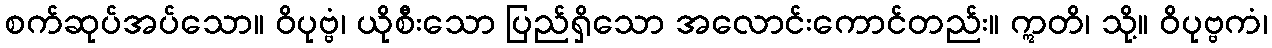
စက်ဆုပ်အပ်သော။ ဝိပုဗ္ဗံ၊ ယိုစီးသော ပြည်ရှိသော အလောင်းကောင်တည်း။ ဣတိ၊ သို့။ ဝိပုဗ္ဗကံ၊